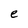
Character: e